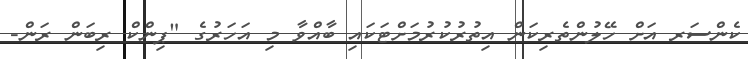
ކެންސަރ އަށް ހޭލުންތެރިކަން އިތުރުކުރުމަށްޓަކައި ބާއްވާ މި އަހަރުގެ "ޕިންކް ރިބަން ރަން-